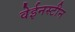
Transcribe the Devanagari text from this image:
वेईनस्टीन